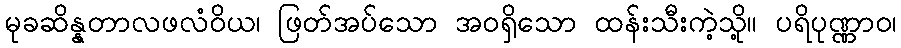
မုခဆိန္နတာလဖလံဝိယ၊ ဖြတ်အပ်သော အဝရှိသော ထန်းသီးကဲ့သို့။ ပရိပုဏ္ဏာဝ၊